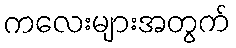
ကလေးများအတွက်